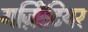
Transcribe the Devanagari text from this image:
गज़िीटियर